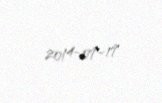
2014-07-17